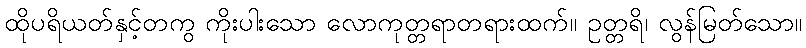
ထိုပရိယတ်နှင့်တကွ ကိုးပါးသော လောကုတ္တရာတရားထက်။ ဥတ္တရိ၊ လွန်မြတ်သော။